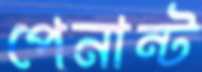
পেনান্ট